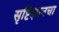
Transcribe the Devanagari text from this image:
सृष्टिज्ञानचा